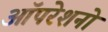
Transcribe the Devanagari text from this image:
ऑपरेशनो